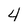
Character: 4